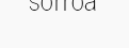
sorroa